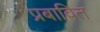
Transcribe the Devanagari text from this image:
प्रबावित